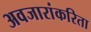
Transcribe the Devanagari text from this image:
अवजारांकरिता